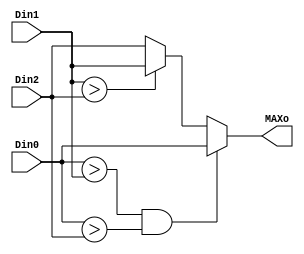
module FIND_MAX (Din0, Din1, Din2, MAXo);

input [7:0] Din0, Din1, Din2;
output [7:0] MAXo;
reg [7:0] MAXo;

always @(*) begin
	if((Din0 > Din1) && (Din0 > Din2)) begin
		MAXo = Din0;
	end
	else begin
		if(Din1 > Din2)
			MAXo = Din1;
		else
			MAXo = Din2;
	end
end

endmodule